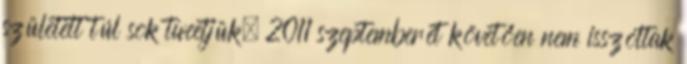
született túl sok tweetjük, 2011 szeptemberét követően nem isszóltak